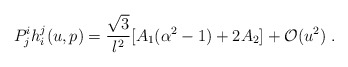
\begin{align*} P^i_j h^j_i(u,p) = \frac{\sqrt{3}}{l^2}[A_1(\alpha^2-1)+2A_2] +\mathcal{O}(u^2)~.\end{align*}